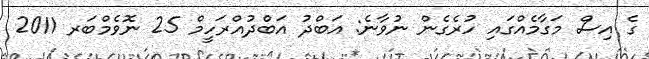
ގެ އިސް މަގާމެއްގައި ހުރެގެން ނުވާނެ: އަބްދު އަބްދުއްރަހީމް 25 ނޮވެމްބަރ 2011